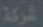
الشركة